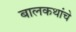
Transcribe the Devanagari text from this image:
बालकथांचे